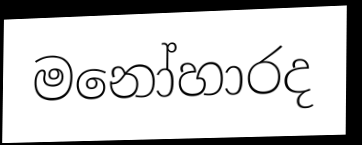
මනෝහාරද